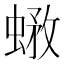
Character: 𧎄